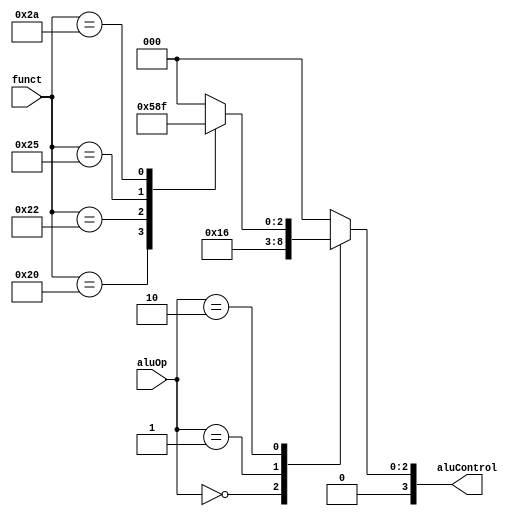
`ifndef __VE370__ALU__CONTROL__
`define __VE370__ALU__CONTROL__
module aluControl(
    input [1:0] aluOp,
    input [5:0] funct,
    output reg [3:0] aluControl
);

always @(aluOp, funct) begin
    case (aluOp)
        2'b00: aluControl = 4'b0010;
        2'b01: aluControl = 4'b0110;
        2'b10: begin
            case (funct)
                6'b100000: aluControl = 4'b0010;
                6'b100010: aluControl = 4'b0110;
                6'b100100: aluControl = 4'b0000;
                6'b100101: aluControl = 4'b0001;
                6'b101010: aluControl = 4'b0111;
                default: aluControl = 4'b0000;
            endcase
        end
        default: aluControl = 4'b0000;
    endcase
end

endmodule // aluControl
`endif